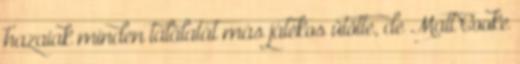
hazaiak minden találatát más játékos ütötte, de Matt Cooke